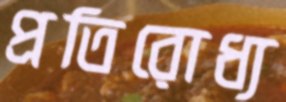
প্রতিরোধ্য